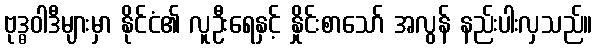
ဗုဒ္ဓဝါဒီများမှာ နိုင်ငံ၏ လူဦးရေနှင့် နှိုင်းစာသော် အလွန် နည်းပါးလှသည်။